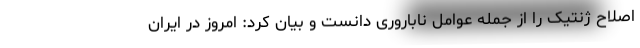
اصلاح ژنتیک را از جمله عوامل ناباروری دانست و بیان کرد: امروز در ایران